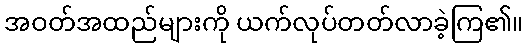
အဝတ်အထည်များကို ယက်လုပ်တတ်လာခဲ့ကြ၏။